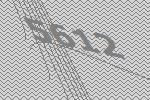
5612